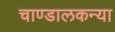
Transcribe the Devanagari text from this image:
चाण्डालकन्या